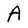
Character: A